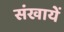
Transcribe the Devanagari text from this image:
संखायें